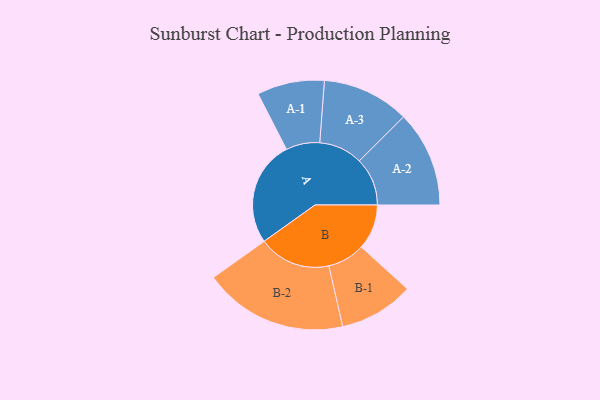
{"axis": {"x": "Segment", "y": "Value"}, "legend": ["", "A", "B"], "data": [{"x": "A", "y": 403, "type": ""}, {"x": "B", "y": 173, "type": ""}, {"x": "A-1", "y": 129, "type": "A"}, {"x": "A-2", "y": 184, "type": "A"}, {"x": "A-3", "y": 167, "type": "A"}, {"x": "B-1", "y": 143, "type": "B"}, {"x": "B-2", "y": 276, "type": "B"}]}